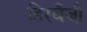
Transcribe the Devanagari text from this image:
हिरवँजी